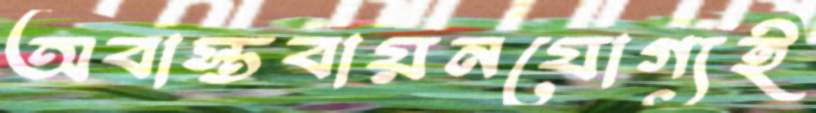
অবাস্তবায়নযোগ্যই